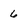
Character: 6